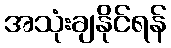
အသုံးချနိုင်ရန်